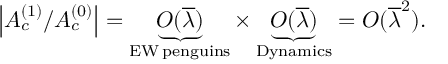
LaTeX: \left| { \cal A } _ { c } ^ { ( 1 ) } / { \cal A } _ { c } ^ { ( 0 ) } \right| = \underbrace { { \cal O } ( \overline { { { \lambda } } } ) } _ { \mathrm { E W \, p e n g u i n s } } \times \underbrace { { \cal O } ( \overline { { { \lambda } } } ) } _ { \mathrm { D y n a m i c s } } = { \cal O } ( \overline { { { \lambda } } } ^ { 2 } ) .